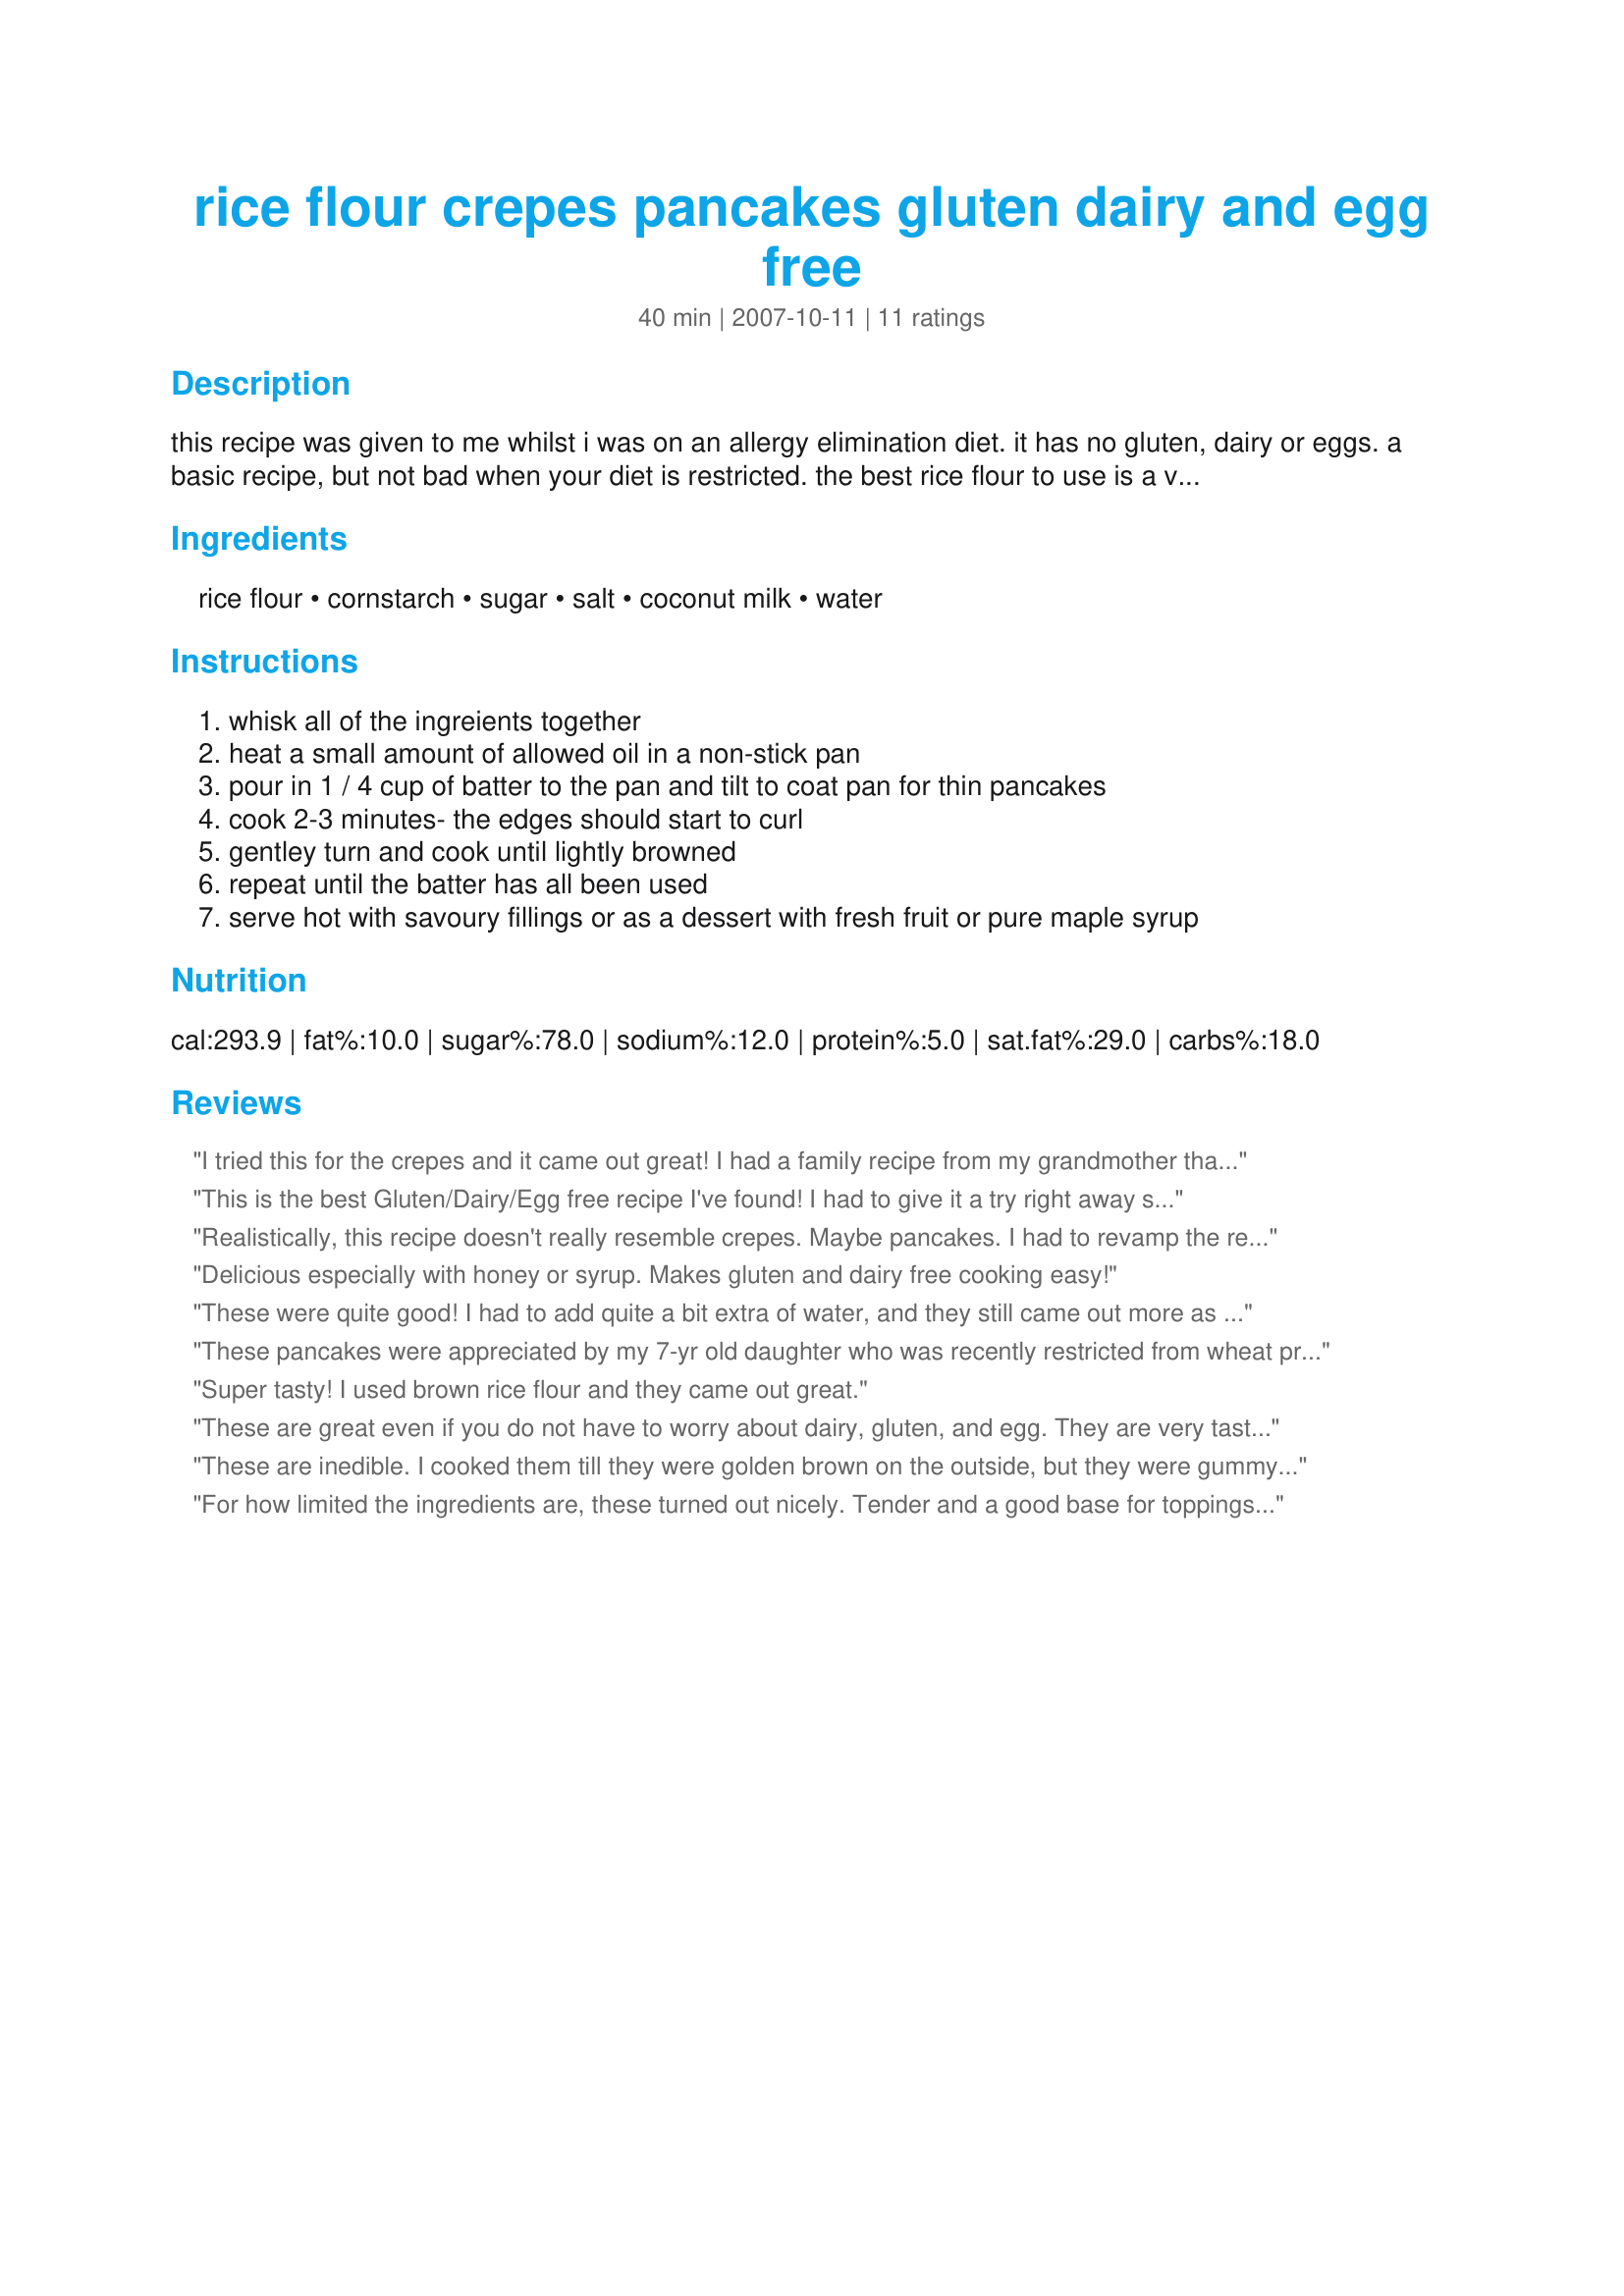
rice flour crepes pancakes gluten dairy and egg free
Preparation time: 40 minutes

this recipe was given to me whilst i was on an allergy elimination diet. it has no gluten, dairy or eggs. a basic recipe, but not bad when your diet is restricted. the best rice flour to use is a very fine textured flour-you can buy it at most asian grocers. the coarser textured rice flour will taste gritty in your baked goods. it's been a while since i made these-so i'm guessing that they serve 4. these are also vegetarian. as all gluten-free flours are a little different in how much liquids they absorb-add some extra liquid if required to achieve the right consistency

Ingredients:
rice flour, cornstarch, sugar, salt, coconut milk, water

Steps:
whisk all of the ingreients together
heat a small amount of allowed oil in a non-stick pan
pour in 1 / 4 cup of batter to the pan and tilt to coat pan for thin pancakes
cook 2-3 minutes- the edges should start to curl
gentley turn and cook until lightly browned
repeat until the batter has all been used
serve hot with savoury fillings or as a dessert with fresh fruit or pure maple syrup

Reviews:
I tried this for the crepes and it came out great! I had a family recipe from my grandmother that I have used for years but I recently found out I can't have gluten. These are a little thicker but the taste difference between the two recipes were nominal. The coconut milk gives them a nice subtle flavor. I made mine with the Asain flour and it wasn't gritty.
This is the best Gluten/Dairy/Egg free recipe I've found!

I had to give it a try right away so I used the brown rice flour I had in the house. I needed to add half a cup of liquid to get a pancake batter.
Realistically, this recipe doesn't really resemble crepes. Maybe pancakes. I had to revamp the recipe to get it close. That is, close to she shape of a crepe. The taste is quite different. If you like Japanese mochi, with modifications, it could be a tasty recipe. I used an organic gluten free &quot;perfect flour blend&quot;. Here are my modifications that worked to get a flatter pancake. I made my recipe sugar free. You don't have to or make it organic. 1.5 cups Organic Perfect Flour Blend 1/4 tsp Celtic Salt (or any salt--Celtic has more micro nutrients) 2 tbsp Organic Corn Starch 3/4 tbsp Ground Organic Stevia Leaf Liquid from 1 13.5 ounce can of Organic Coconut Cream (save cream to use in another recipe) 1 cup Water 1/2 cup Organic Non-Dairy Milk (I used one flavored with vanilla) Add more water as needed. Mix dry ingredients first, then add liquid. Mix well. Using a small ladle (about 2 ounce), melt 100% grass fed butter (good source of vitamin K), in a frying pan on medium heat (you may have to play around since all stoves are different). Plop batter in the middle and spread it out with the ladle in a circular motion to widen the pancake (it will not get to crepe size, but you can get it about 5 inches across). Cook until the batter turns opaque. Then flip. Both sides should be nicely browned. This will make them a bit crispy. If you like them soft like a crepe, cook with a pot lid over, flip and cover again until both sides are browned. It is not exactly like a crepe, but it is enjoyable if you don't mind a little &quot;gumminess&quot;. Hope you enjoy. My elementary school-aged kids liked them anyway. LOL
Delicious especially with honey or syrup. Makes gluten and dairy free cooking easy!
These were quite good! I had to add quite a bit extra of water, and they still came out more as thin pancakes than crepes, but the taste and texture was excellent! Will surely make again, thanks for sharing!
These pancakes were appreciated by my 7-yr old daughter who was recently restricted from wheat products. I had a bit extra rice flour in the bag, so my recipe included 1 1/3 c rice flour, 2.5 tbsp cornstarch, 2 tbsp agave nectar, 1 tsp salt, and one can of coconut milk (I omitted the water). It makes 12 lovely 1/4 cup pankcakes. Thanks for the recipe!
Super tasty! I used brown rice flour and they came out great.
These are great even if you do not have to worry about dairy, gluten, and egg. They are very tasty alone, with nutalla and with savory fillings. They are easy to make.
These are inedible. I cooked them till they were golden brown on the outside, but they were gummy on the inside. Who knew crepes had an inside? I&#039;m finished with recipes like this that are just a waste of food and time. I&#039;m not an inexperienced cook, so this failure was not my fault. What are you people eating if you think this is good?
For how limited the ingredients are, these turned out nicely. Tender and a good base for toppings. I used 1/4 cup low fat milk and the rest water. Topped with diced pear cooked with honey, chopped pecans, dates, and 5 spice mix. very tasty!
I made the recipe exactly as is. The dough was a hard, dry lump. I had to double the amount of liquid to get something I could work with. They are cooking up now, but seem to be extremely rubbery and smell horrible. :(
